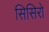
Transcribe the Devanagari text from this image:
सिसिरो